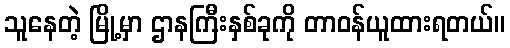
သူနေတဲ့ မြို့မှာ ဌာနကြီးနှစ်ခုကို တာဝန်ယူထားရတယ်။